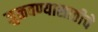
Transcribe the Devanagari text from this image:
जुळवण्यासाठीचे